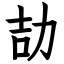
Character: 劼